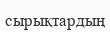
сырықтардың